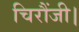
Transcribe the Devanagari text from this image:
चिरौंजी।